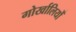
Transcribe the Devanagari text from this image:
गोर्खालियोँ